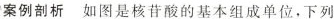
案例剖析如图是核苷酸的基本组成单位，下列